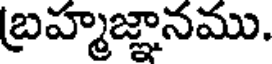
బ్రహ్మజ్ఞానము.